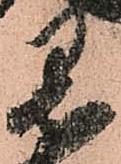
黒